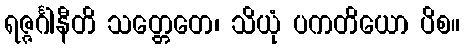
ရဇ္ဇင်္ဂါနီတိ သတ္တေတေ၊ သိယုံ ပကတိယော ပိစ။